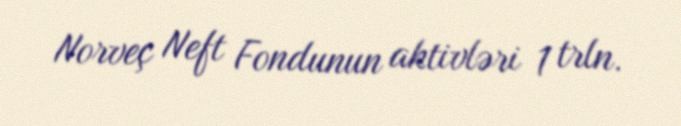
Norveç Neft Fondunun aktivləri 1 trln.